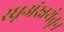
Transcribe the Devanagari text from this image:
स्धूअंस्नथेतून